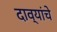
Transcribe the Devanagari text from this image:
दाव्यांचे